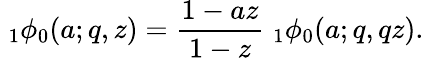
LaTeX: \; _{1}\phi_{0}(a;q,z)={\frac{1-az}{1-z}}\; _{1}\phi_{0}(a;q,qz).